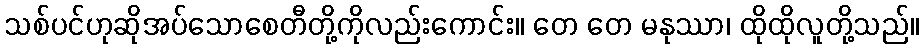
သစ်ပင်ဟုဆိုအပ်သောစေတီတို့ကိုလည်းကောင်း။ တေ တေ မနုဿာ၊ ထိုထိုလူတို့သည်။